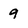
Character: 9